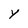
Character: Y